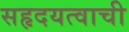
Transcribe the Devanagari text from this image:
सहृदयत्वाची